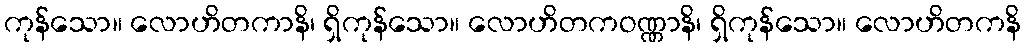
ကုန်သော။ လောဟိတကာနိ၊ ရှိကုန်သော။ လောဟိတကဝဏ္ဏာနိ၊ ရှိကုန်သော။ လောဟိတကနိ